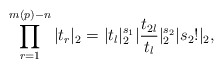
\begin{align*} \prod^{m(p)-n}_{r=1}|t_r|_2 = |t_l|^{s_1}_2|\frac{t_{2l}}{t_l}|^{s_2}_2|s_2!|_2,\end{align*}